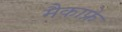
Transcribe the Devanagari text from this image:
मैकाफ्रे